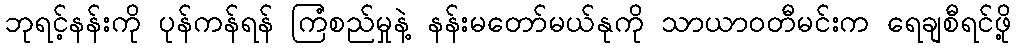
ဘုရင့်နန်းကို ပုန်ကန်ရန် ကြံစည်မှုနဲ့ နန်းမတော်မယ်နုကို သာယာဝတီမင်းက ရေချစီရင်ဖို့